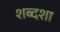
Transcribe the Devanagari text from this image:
शब्दशा